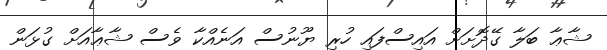
ޝާޢާ ބަލާ ގޭދޮށަށް އައިސްފައި ހުރި ޔޫނުސް އަނެއްކާ ވެސް ޝާޢާއަށް ގުޅަން